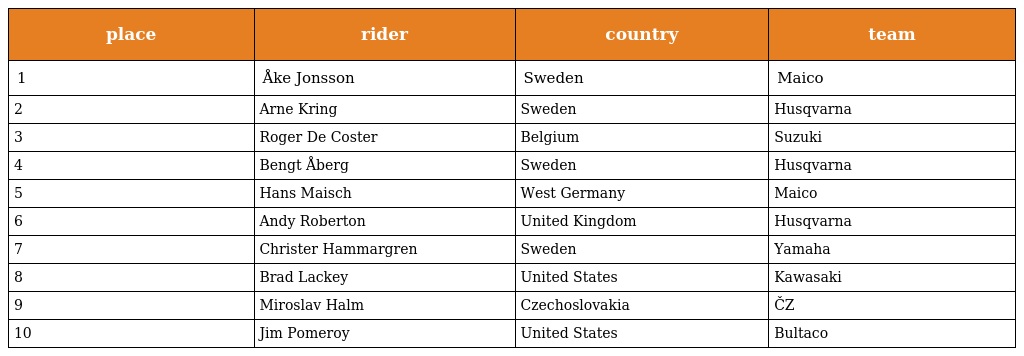
| place | rider | country | team |
 | --- | --- | --- | --- |
 | 1 | Åke Jonsson | Sweden | Maico |
 | 2 | Arne Kring | Sweden | Husqvarna |
 | 3 | Roger De Coster | Belgium | Suzuki |
 | 4 | Bengt Åberg | Sweden | Husqvarna |
 | 5 | Hans Maisch | West Germany | Maico |
 | 6 | Andy Roberton | United Kingdom | Husqvarna |
 | 7 | Christer Hammargren | Sweden | Yamaha |
 | 8 | Brad Lackey | United States | Kawasaki |
 | 9 | Miroslav Halm | Czechoslovakia | ČZ |
 | 10 | Jim Pomeroy | United States | Bultaco |